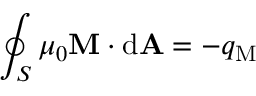
\oint _ { S } \mu _ { 0 } \mathbf { M } \cdot \mathrm { d } \mathbf { A } = - q _ { \mathrm { M } }